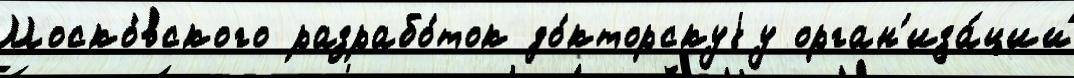
Моско́вского разрабо́ток до́кторскуjу орган'иза́ций